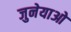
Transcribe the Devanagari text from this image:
जुनेयाओ